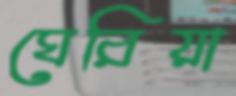
ঘেরিয়া